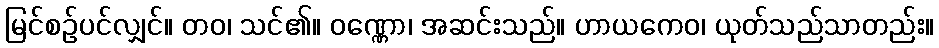
မြင်စဉ်ပင်လျှင်။ တဝ၊ သင်၏။ ဝဏ္ဏော၊ အဆင်းသည်။ ဟာယကေဝ၊ ယုတ်သည်သာတည်း။